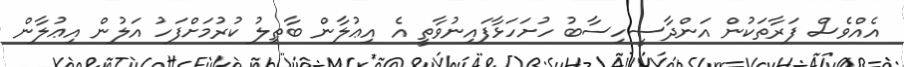
އެއްވެސް ފަރާތަކުން އަންދާސީހިސާބު ހުށަހަޅާފައިނުވާތީ އެ އިޢުލާން ބާޠިލު ކުރުމަށްފަހު އަލުން އިޢުލާން